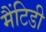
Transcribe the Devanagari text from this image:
मैंटिडी